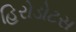
હિરોડોટસ